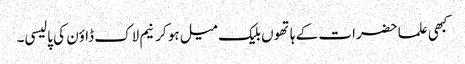
کبھی علما حضرات کے ہاتھوں بلیک میل ہو کر نیم لاک ڈاؤن کی پالیسی۔